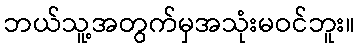
ဘယ်သူ့အတွက်မှအသုံးမဝင်ဘူး။